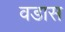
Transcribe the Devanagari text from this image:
वडास